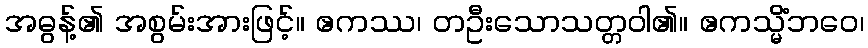
အဓွန့်၏ အစွမ်းအားဖြင့်။ ဧကဿ၊ တဦးသောသတ္တဝါ၏။ ဧကသ္မိံဘဝေ၊